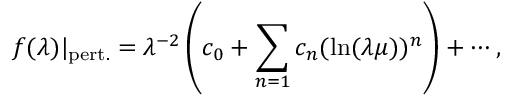
f ( \lambda ) \vert _ { \mathrm { p e r t . } } = \lambda ^ { - 2 } \left( c _ { 0 } + \sum _ { n = 1 } c _ { n } ( \ln ( \lambda \mu ) ) ^ { n } \right) + \cdots ,